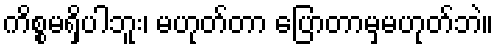
ကိစ္စမရှိပါဘူး၊ မဟုတ်တာ ပြောတာမှမဟုတ်ဘဲ။